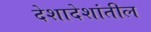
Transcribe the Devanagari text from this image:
देशादेशांतील